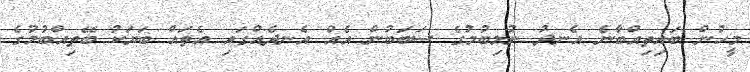
މީހުން ބައިތިއްބާނެ އެނދު ނުލިބުމުގެ ސަބަބުން އެއް އެނދެއްގައި އެތައް ބަޔަކު ބޭތިއްބުމުގެ